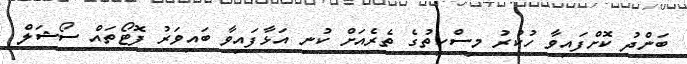
ބަންދު ކޮށްފައިވާ ހުކުރު މިސްކިތުގެ ތެރެއަށް ކުނި އަޅާފައިވާ ބައިވަރު ފޮޓޯތައް ސޯޝަލް